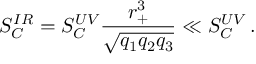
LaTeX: S _ { C } ^ { I R } = S _ { C } ^ { U V } \frac { r _ { + } ^ { 3 } } { \sqrt { q _ { 1 } q _ { 2 } q _ { 3 } } } \ll S _ { C } ^ { U V } \, .